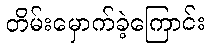
တိမ်းမှောက်ခဲ့ကြောင်း